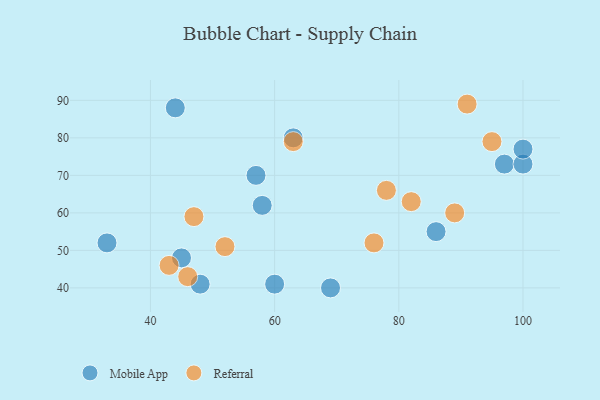
{"axis": {"x": "GDP", "y": "Life Expectancy"}, "legend": ["Mobile App", "Referral"], "data": [{"x": "97", "y": 73, "type": "Mobile App"}, {"x": "57", "y": 70, "type": "Mobile App"}, {"x": "100", "y": 73, "type": "Mobile App"}, {"x": "33", "y": 52, "type": "Mobile App"}, {"x": "58", "y": 62, "type": "Mobile App"}, {"x": "86", "y": 55, "type": "Mobile App"}, {"x": "100", "y": 77, "type": "Mobile App"}, {"x": "48", "y": 41, "type": "Mobile App"}, {"x": "69", "y": 40, "type": "Mobile App"}, {"x": "60", "y": 41, "type": "Mobile App"}, {"x": "63", "y": 80, "type": "Mobile App"}, {"x": "44", "y": 88, "type": "Mobile App"}, {"x": "45", "y": 48, "type": "Mobile App"}, {"x": "63", "y": 79, "type": "Referral"}, {"x": "52", "y": 51, "type": "Referral"}, {"x": "43", "y": 46, "type": "Referral"}, {"x": "95", "y": 79, "type": "Referral"}, {"x": "46", "y": 43, "type": "Referral"}, {"x": "91", "y": 89, "type": "Referral"}, {"x": "89", "y": 60, "type": "Referral"}, {"x": "47", "y": 59, "type": "Referral"}, {"x": "78", "y": 66, "type": "Referral"}, {"x": "76", "y": 52, "type": "Referral"}, {"x": "82", "y": 63, "type": "Referral"}]}